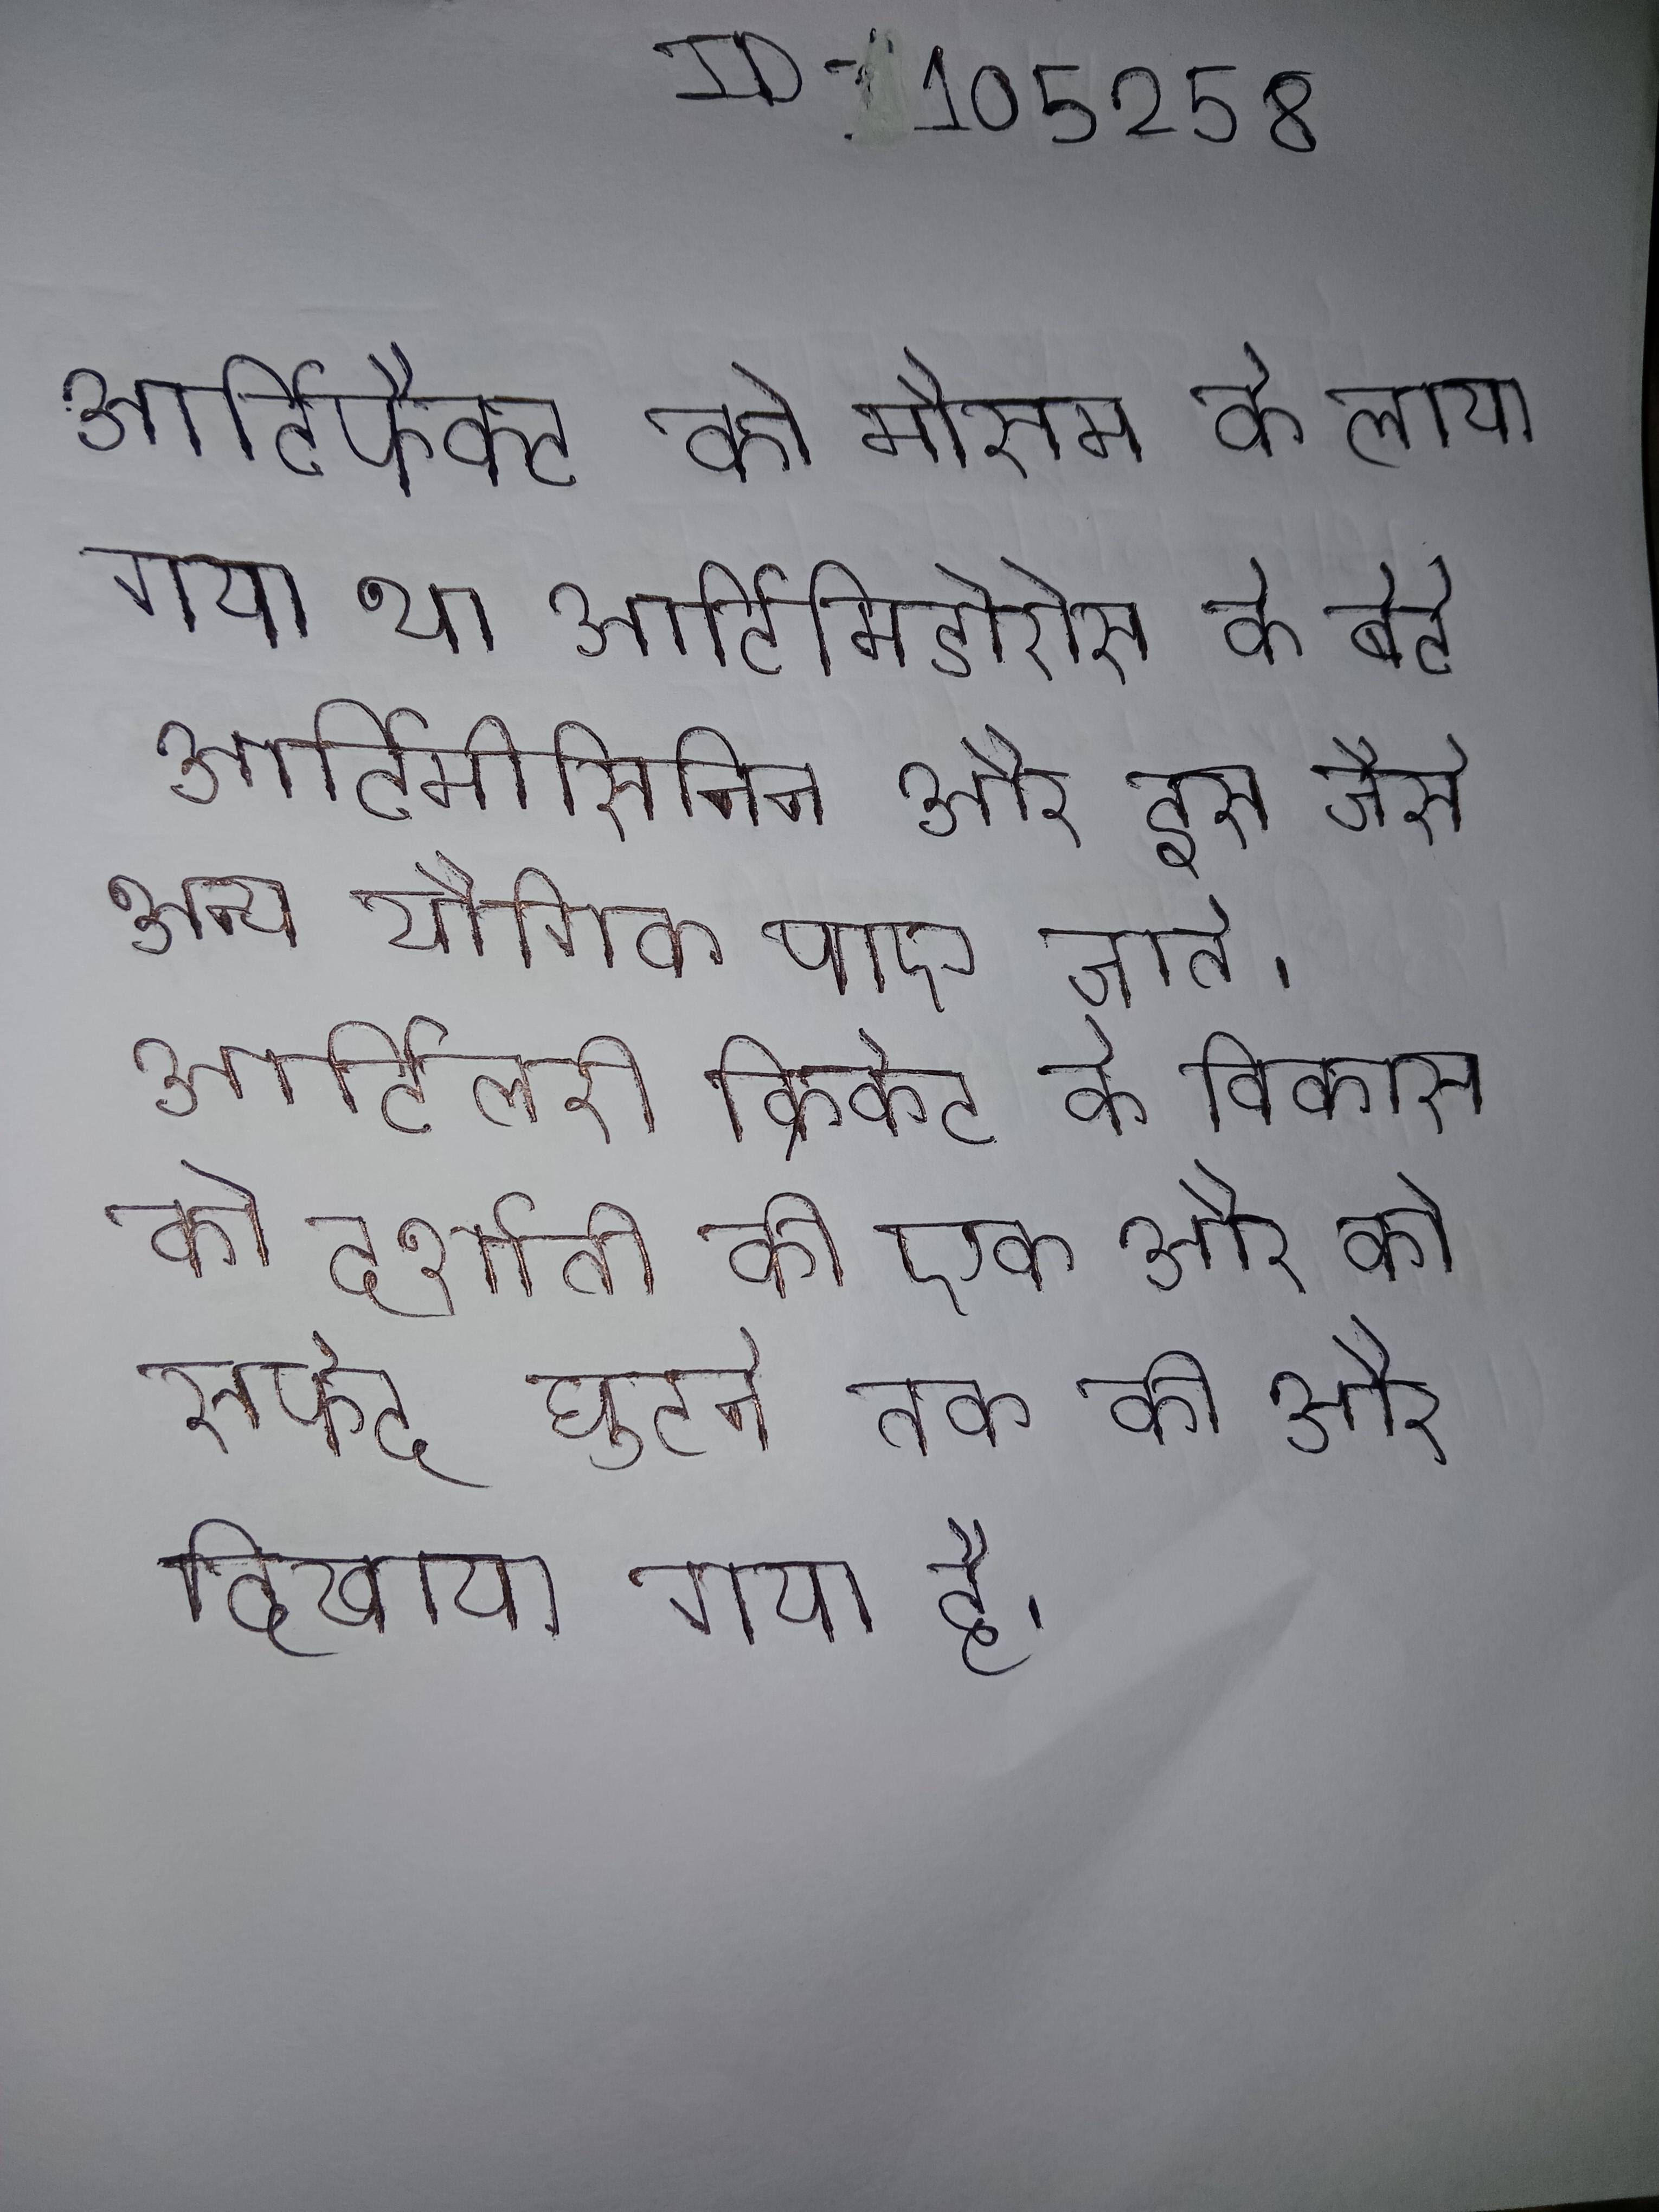
आर्टिफैक्ट को मौसम के लाया गया था और का सामना करना था । आर्टिमिडोरोस के बेटे ने अपने पिता के नाम पर को जारी किया होगा । आर्टिमीसिया एन्नुआ नामक पौधे आर्टिमीसिनिन और इस जैसे अन्य यौगिक पाए जाते । आर्टिलरी क्रिकेट के विकास को दर्शाती की एक और को सफेद शर्ट, ब्रिचिज, सफेद घुटने तक की और बकल वाले जूते के साथ दिखाया गया है ।